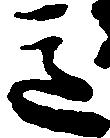
意